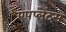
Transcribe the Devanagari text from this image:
एपप्लेट्स